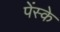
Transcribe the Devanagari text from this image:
पेंस्के